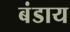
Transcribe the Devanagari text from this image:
बंडाय